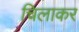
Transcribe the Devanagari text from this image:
चिलाकर